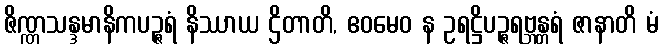
ဇိဏ္ဏသန္ဒမာနိကပဉ္ဇရံ နိဿာယ ဌိတာတိ, ဧဝမေဝ န ဥရဋ္ဌိပဉ္ဇရဗ္ဘန္တရံ ဇာနာတိ မံ